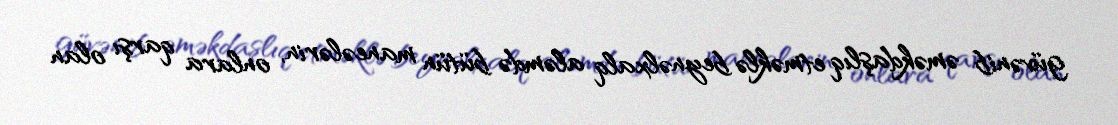
güvənib əməkdaşlıq etməklə beynəlxalq aləmdə bütün maneələrin, onlara qarşı olan